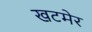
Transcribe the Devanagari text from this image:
खटमेर